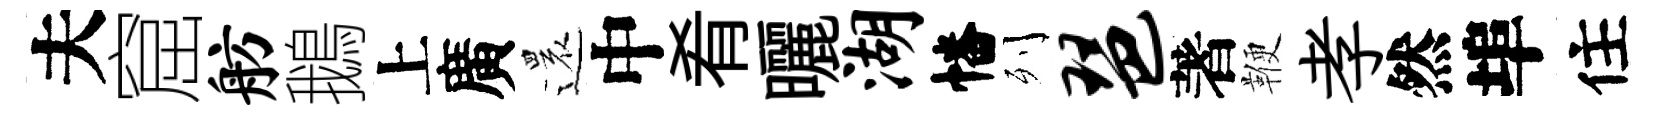
夫窟舫鵝上廣還中肴曬湖幡列琶著鞭孝然埠住